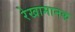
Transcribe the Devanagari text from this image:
रेखामानक